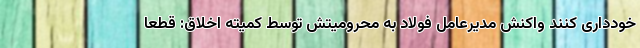
خودداری کنند واکنش مدیرعامل فولاد به محرومیتش توسط کمیته اخلاق: قطعاً